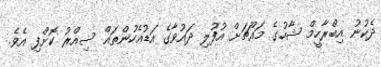
ދެކުނު އިބްރާހީމް ޝާހުގެ މައްޗަށް އުފުލި ދައުވާގެ އަޑުއެހުންތައް ސިއްރު ކޮށްފި އެވެ.